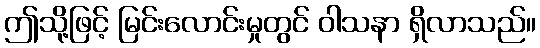
ဤသို့ဖြင့် မြင်းလောင်းမှုတွင် ဝါသနာ ရှိလာသည်။